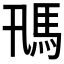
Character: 𩡵